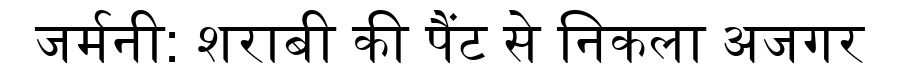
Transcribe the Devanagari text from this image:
जर्मनी: शराबी की पैंट से निकला अजगर